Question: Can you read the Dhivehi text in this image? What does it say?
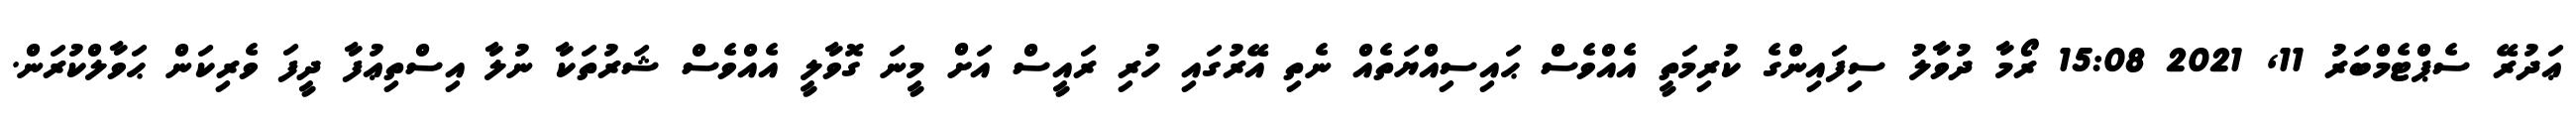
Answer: ޢަދުރޭ ސެޕްޓެމްބަރު 11, 2021 15:08 ރޯމާ ދުވާލު ސިފައިންގެ ކުރިމަތީ އެއްވެސް ޙައިސިއްޔަތެއް ނެތި އޭރުގައި ހުރި ރައީސް އަށް މީނަ ގޮވާލީ އެއްވެސް ޝަރުތަކާ ނުލާ އިސްތިޢުފާ ދީފަ ވެރިކަން ޙަވާލްކުރަން.